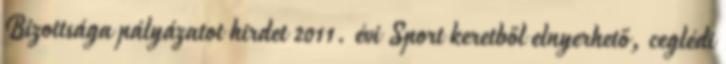
Bizottsága pályázatot hirdet 2011. évi Sport keretből elnyerhető, ceglédi